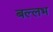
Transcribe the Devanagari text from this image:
बल्‍लभ